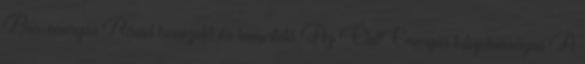
Bio-energia Rövid bevezető és ismertető Az ÉletEnergia tulajdonságai A